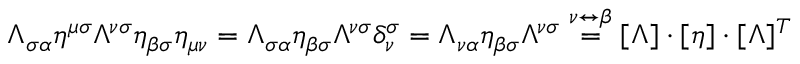
\Lambda _ { \sigma \alpha } \eta ^ { \mu \sigma } \Lambda ^ { \nu \sigma } \eta _ { \beta \sigma } \eta _ { \mu \nu } = \Lambda _ { \sigma \alpha } \eta _ { \beta \sigma } \Lambda ^ { \nu \sigma } \delta _ { \nu } ^ { \sigma } = \Lambda _ { \nu \alpha } \eta _ { \beta \sigma } \Lambda ^ { \nu \sigma } \stackrel { \nu \leftrightarrow \beta } { = } [ \Lambda ] \cdot [ \eta ] \cdot [ \Lambda ] ^ { T }